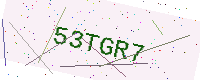
Text: 53TGR7